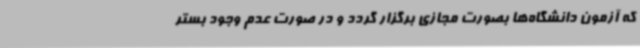
که آزمون‌ دانشگاه‌ها بصورت مجازی برگزار گردد و در صورت عدم‌ وجود بستر